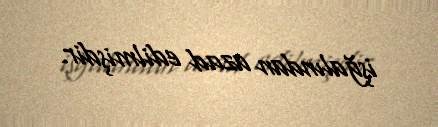
işğalından azad edilmişdir.